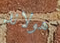
هولاند